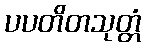
ပပတိတသုတ္တံ